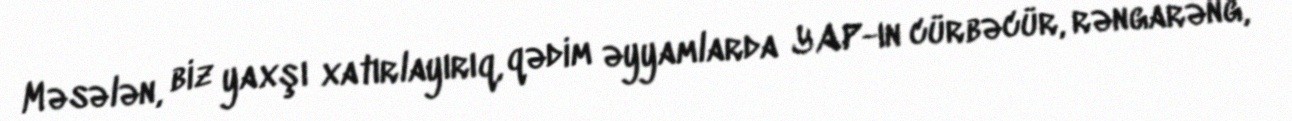
Məsələn, biz yaxşı xatırlayırıq, qədim əyyamlarda YAP-ın cürbəcür, rəngarəng,